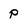
Character: p